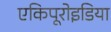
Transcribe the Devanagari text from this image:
एकिपूरोइडिया